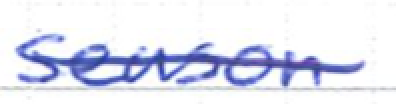
Text: season
Cross-out: single-line
Writing tool: ballpoint